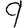
Digit: 9